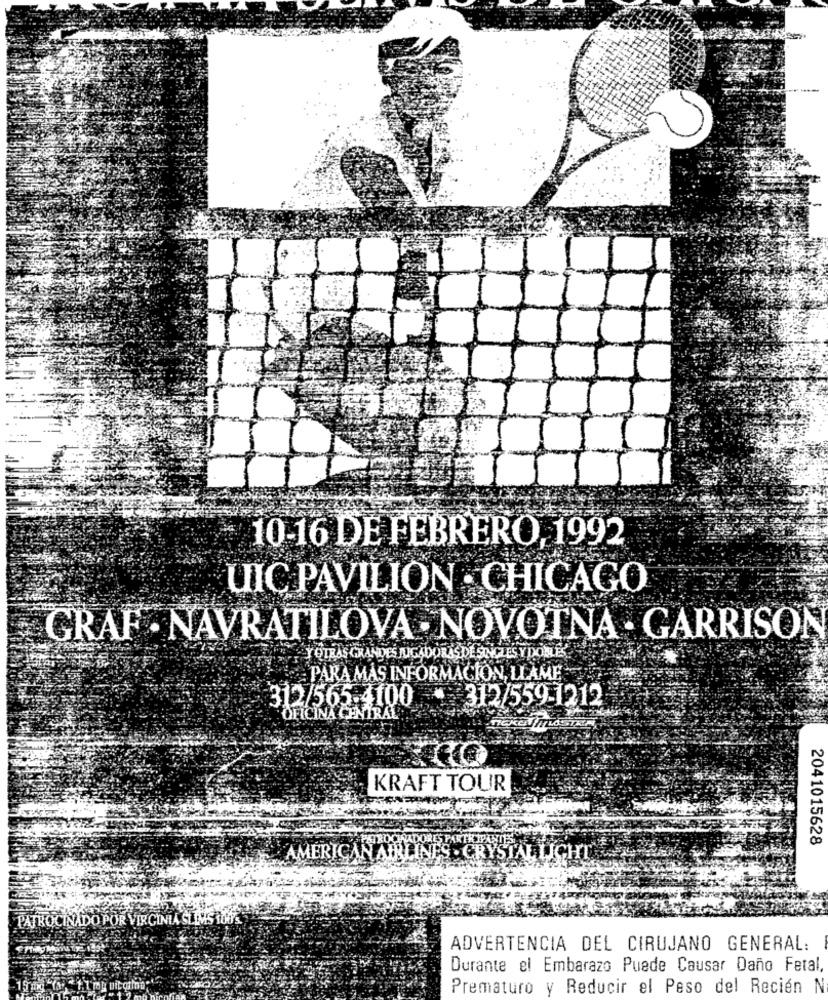
10-16 DE FEBRERO, 1992
UIC PAVILION - CHICAGO
GRAF . NAVRATILOVA . NOVOTNA . GARRISO
Y OTRAS GRANDES JUGADORESDE SINGLES YDOBLES
PARA MAS INFORMACION, LLAME
312/565-4100
312/559-1212
OFICINA CENTRAL ..
KRAFT TOUR
2041015628
AMERICAN
PATROCINADO POR VIS
ADVERTENCIA DEL CIRUJANO GENERAL:
Durante el Embarazo Puede Causar Daño Fetal,
Prematuro y Reducir el Peso del Recién N